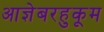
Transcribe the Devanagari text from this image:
आज्ञेबरहुकूम